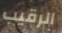
الرقيب